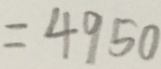
= 4 9 5 0